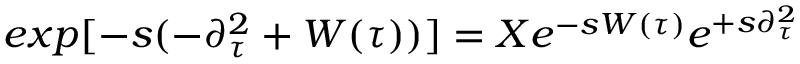
e x p [ - s ( - \partial _ { \tau } ^ { 2 } + W ( \tau ) ) ] = X e ^ { - s W ( \tau ) } e ^ { + s \partial _ { \tau } ^ { 2 } }